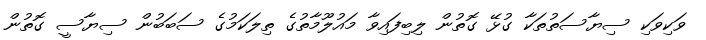
ވަކިވަކި ސިޔާސަތުތަކާ ގުޅޭ ގޮތުން ލިބިފައިވާ މައުލޫމާތުގެ ތިލަކަމުގެ ސަބަބުން ސިޔާސީ ގޮތުން